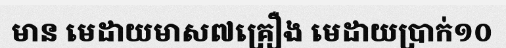
មាន មេដាយមាស៧គ្រឿង មេដាយប្រាក់១០